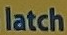
latch